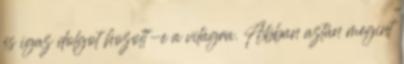
és igaz dolgot hozott-e a világra. Abban aztán megint